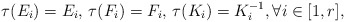
\begin{align*}\tau(E_i) = E_i,\,\tau(F_i) = F_i, \, \tau(K_i) = K_i^{-1}, \forall i \in [1,r],\end{align*}